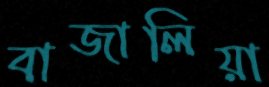
বাজালিয়া